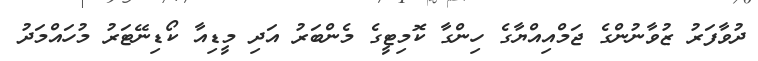
ދުވާފަރު ޒުވާނުންގެ ޖަމްއިއްޔާގެ ހިންގާ ކޮމިޓީގެ މެންބަރު އަދި މީޑިއާ ކޯޑިނޭޓަރު މުހައްމަދު